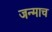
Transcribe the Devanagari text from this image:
जन्माच